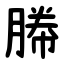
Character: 㬺